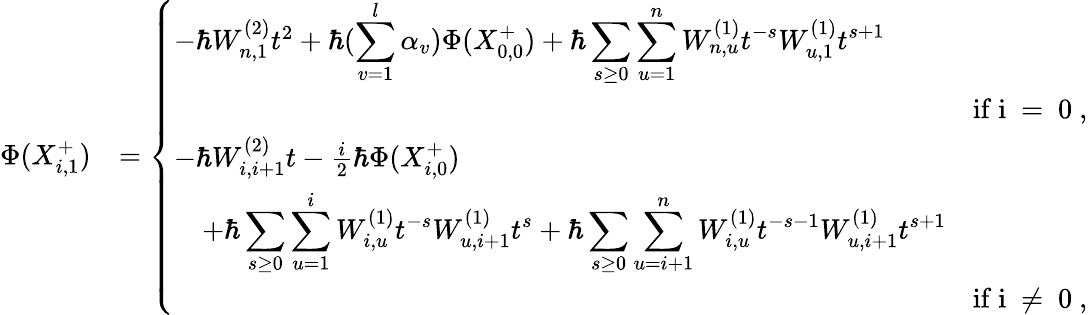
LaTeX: \begin{array}{rl}{\Phi(X_{i,1}^{+})}&{=\left\{ \begin{array}{ll}{-\hbar W_{n,1}^{(2)}t^{2}+\hbar(\displaystyle\sum_{v=1}^{l}\alpha_{v})\Phi(X_{0,0}^{+})+\hbar\displaystyle\sum_{s\geq 0}\displaystyle\sum_{u=1}^{n}W_{n,u}^{(1)}t^{-s}W_{u,1}^{(1)}t^{s+1}}\\ {\qquad\qquad\qquad\qquad\qquad\qquad\qquad\qquad\qquad\qquad\qquad\qquad\qquad\qquad\mathrm{~if~i~=~0~},}\\ {-\hbar W_{i,i+1}^{(2)}t-\frac{i}{2}\hbar\Phi(X_{i,0}^{+})}\\ {\quad+\hbar\displaystyle\sum_{s\geq 0}\displaystyle\sum_{u=1}^{i}W_{i,u}^{(1)}t^{-s}W_{u,i+1}^{(1)}t^{s}+\hbar\displaystyle\sum_{s\geq 0}\displaystyle\sum_{u=i+1}^{n}W_{i,u}^{(1)}t^{-s-1}W_{u,i+1}^{(1)}t^{s+1}}\\ {\qquad\qquad\qquad\qquad\qquad\qquad\qquad\qquad\qquad\qquad\qquad\qquad\qquad\qquad\mathrm{~if~i~\neq~0~},}\end{array}\right.}\end{array}